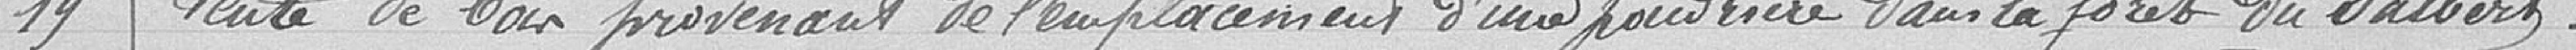
19- Vente de bois provenant de l'emplacement d'une poudrière dans la forêt du Salbert